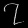
Digit: ၇